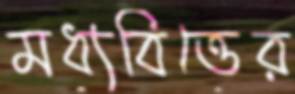
মধ্যবিত্তের